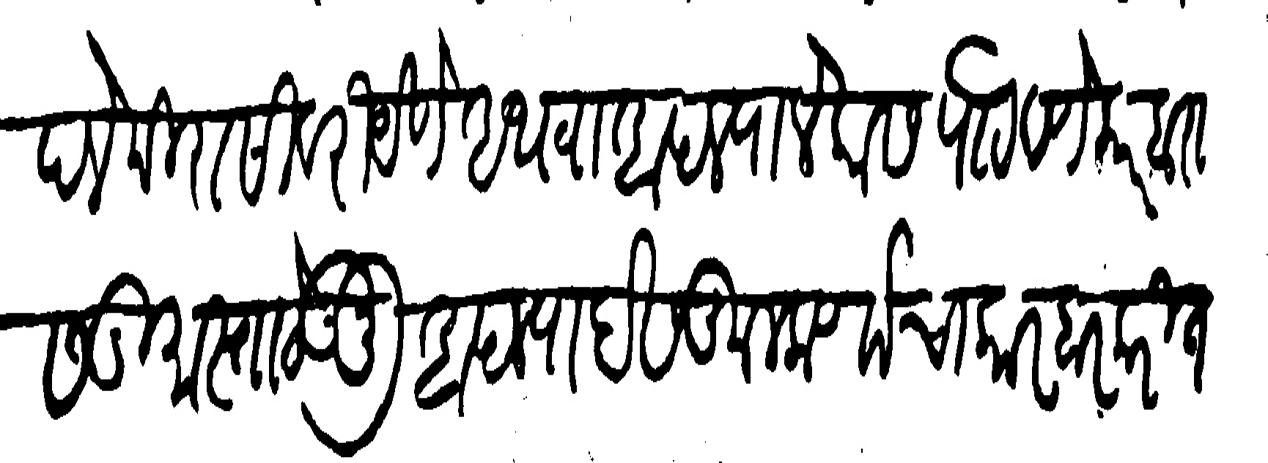
Transliteration (Devanagari): आपले मिरासीवरी येणे अथवा आपल्या लेकास पाठवणे कारवारास गुमास्ता ठेऊनु आपल्या देसकुलकर्णाचा कारबार करीत